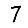
Digit: 7